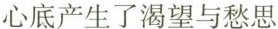
心底产生了渴望与愁思